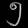
Digit: ၅